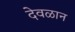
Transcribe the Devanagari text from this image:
देवळान